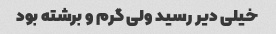
خیلی دیر رسید ولی گرم و برشته بود